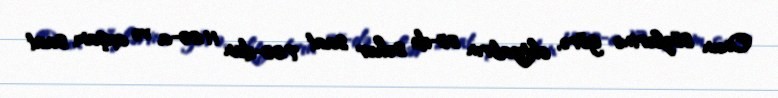
Onun sözlərinə görə, oktyabrın 25-də səhər saat 7:00-dan 11:00-a və axşam saat